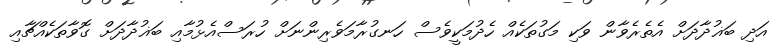
އަދި ބަޣުދާދަށް އެތެރެވާން ވަކި މަގުތަކެއް ހެދުމަކީވެސް ހަނގުރާމަވެރިންނަށް ހުރަސްއެޅުމާއި ބަޣުދާދަށް ގޮވާތަކެއްޗާއި